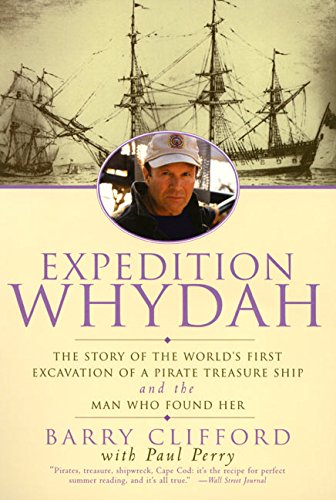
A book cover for Expedition Whydah: The Story of the World's First Excavation of a Pirate Treasure Ship and the Man Who Found Her; Barry Clifford; Travel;